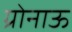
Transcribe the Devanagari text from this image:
ग्रोनाऊ